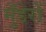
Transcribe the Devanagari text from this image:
मुँडेरों